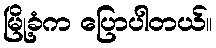
မြို့ခံက ပြောပါတယ်။